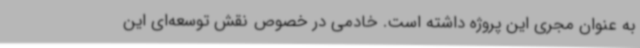
به عنوان مجری این پروژه داشته است. خادمی در خصوص نقش توسعه‌ای این